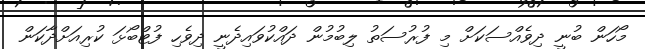
މޯހަން ބުނީ ދިވެއްސަކަށް މި ފުރުސަތު ލިބުމުން ދައްކުވައިދެނީ ދިވެހި ފުޓްބޯޅަ ކުރިއަށްދާކަން